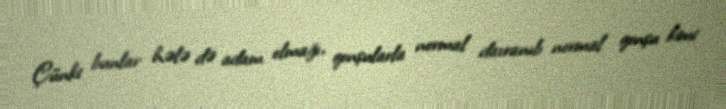
Çünki bunlar hələ də adam olmağı, qonşularla normal davranıb normal qonşu kimi